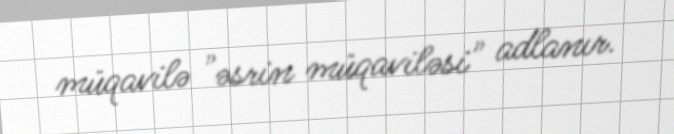
müqavilə "əsrin müqaviləsi" adlanır.